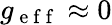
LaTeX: g_{\mathrm{~e~f~f~}}\approx 0